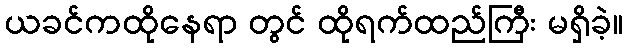
ယခင်ကထိုနေရာ တွင် ထိုရက်ထည်ကြီး မရှိခဲ့။